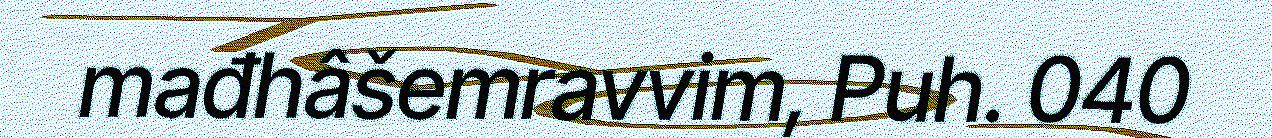
mađhâšemravvim, Puh. 040